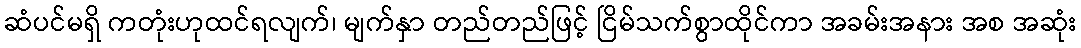
ဆံပင်မရှိ ကတုံးဟုထင်ရလျက်၊ မျက်နှာ တည်တည်ဖြင့် ငြိမ်သက်စွာထိုင်ကာ အခမ်းအနား အစ အဆုံး